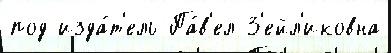
под изда́т'ель Па́в'ел З'ейл'иковна